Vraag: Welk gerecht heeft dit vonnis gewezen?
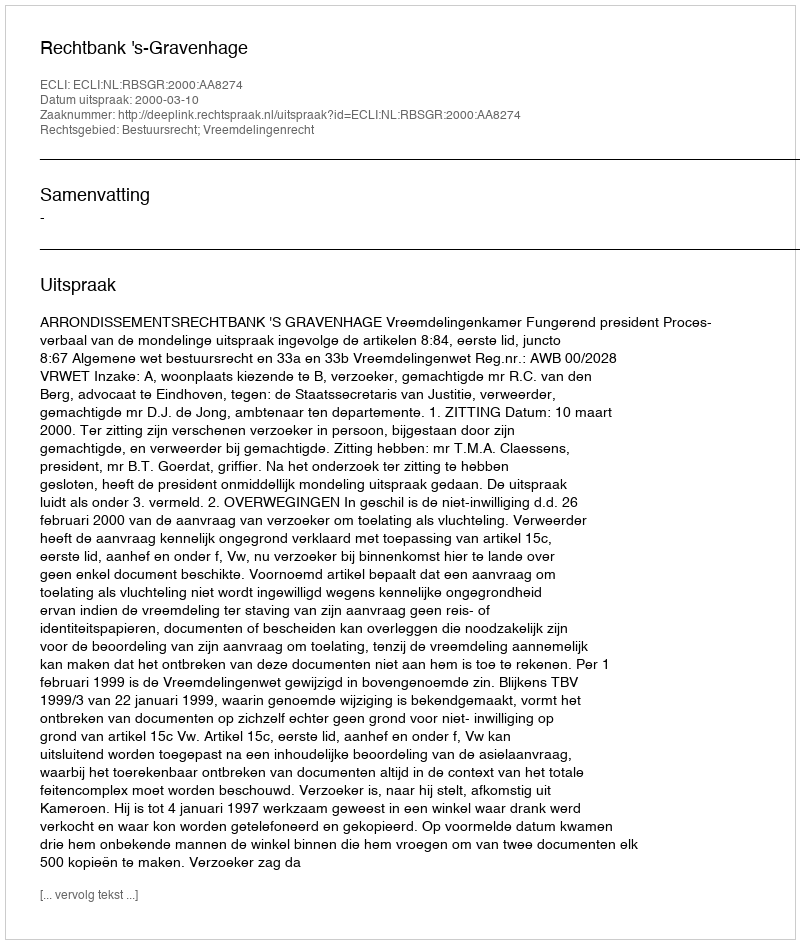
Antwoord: Rechtbank 's-Gravenhage